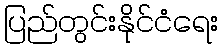
ပြည်တွင်းနိုင်ငံရေး